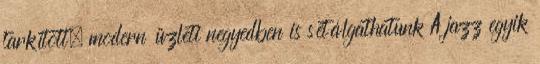
tarkított, modern üzleti negyedben is sétálgathatunk A jazz egyik